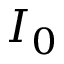
I _ { 0 }